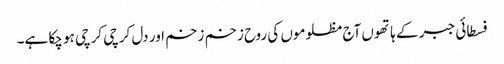
فسطائی جبر کے ہاتھوں آج مظلوموں کی روح زخم زخم اور دل کرچی کرچی ہو چکا ہے۔